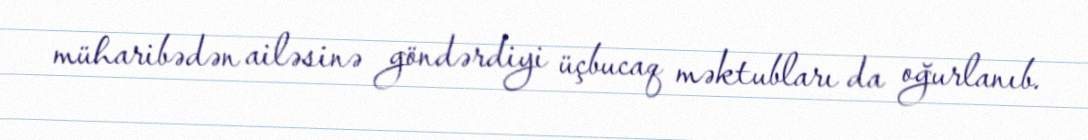
müharibədən ailəsinə göndərdiyi üçbucaq məktubları da oğurlanıb.